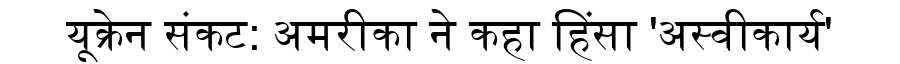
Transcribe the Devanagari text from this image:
यूक्रेन संकट: अमरीका ने कहा हिंसा 'अस्वीकार्य'